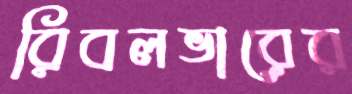
রিবলভারের